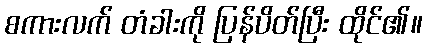
စကားလက် တံခါးကို ပြန်ပိတ်ပြီး ထိုင်၏။